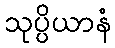
သုပ္ပိယာနံ